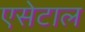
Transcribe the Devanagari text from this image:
एसेटाल